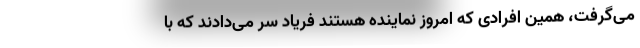
می‌گرفت، همین افرادی که امروز نماینده هستند فریاد سر می‌دادند که با